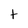
Character: t